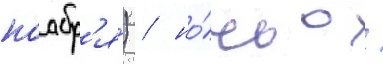
ноабр'я́) / но́чью /